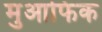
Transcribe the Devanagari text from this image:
मुआफिक